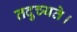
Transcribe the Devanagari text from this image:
तदुच्यते।